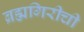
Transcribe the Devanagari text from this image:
ब्रह्मगिरीची